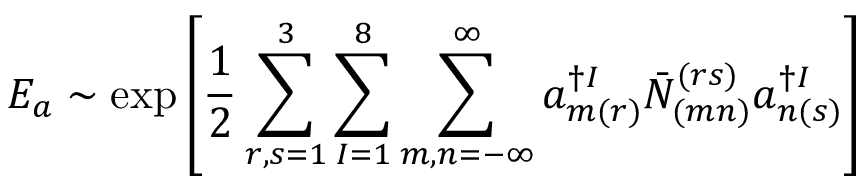
E _ { a } \sim \exp \left[ \frac { 1 } { 2 } \sum _ { r , s = 1 } ^ { 3 } \sum _ { I = 1 } ^ { 8 } \sum _ { m , n = - \infty } ^ { \infty } a _ { m ( r ) } ^ { \dagger I } \bar { N } _ { ( m n ) } ^ { ( r s ) } a _ { n ( s ) } ^ { \dagger I } \right]